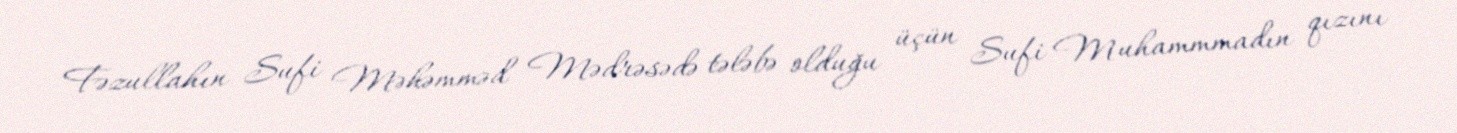
Fəzullahın Sufi Məhəmməd Mədrəsədə tələbə olduğu üçün Sufi Muhammmadın qızını